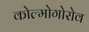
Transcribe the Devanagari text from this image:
कोल्मोगोरोव